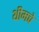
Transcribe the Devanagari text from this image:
थीमचे